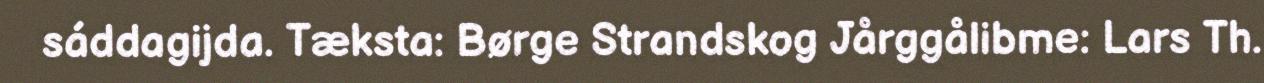
sáddagijda. Tæksta: Børge Strandskog Jårggålibme: Lars Th.